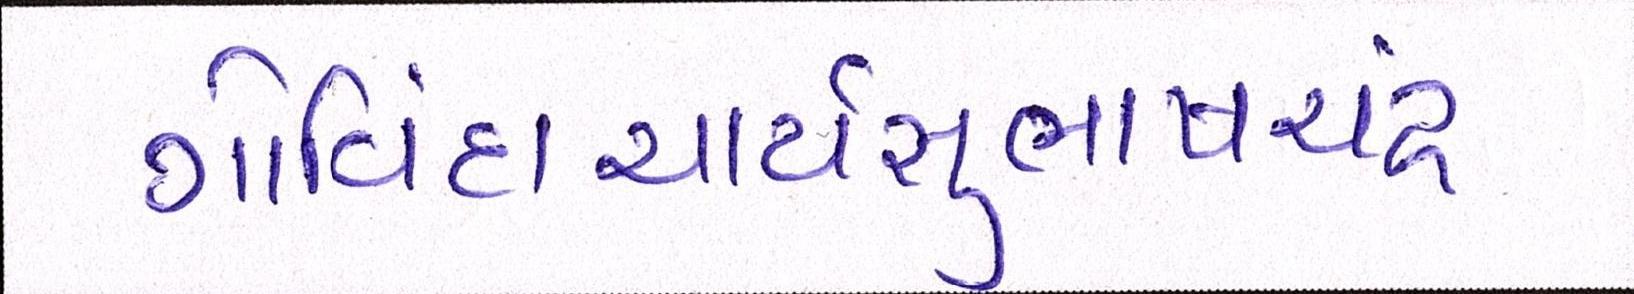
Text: ગોવિંદાચાર્યસુભાષચંદ્ર